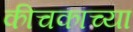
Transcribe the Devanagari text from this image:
कीचकाच्या